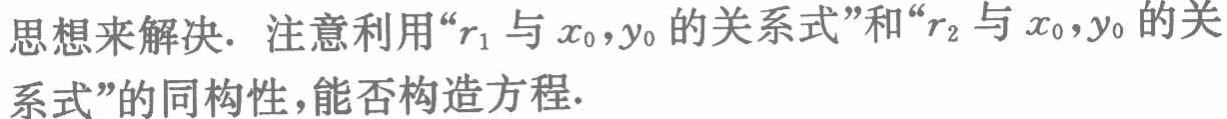
思想来解决. 注意利用“\(r_{1}\)与\(x_{0},y_{0}\)的关系式”和“\(r_{2}\)与\(x_{0},y_{0}\)的关系式”的同构性，能否构造方程.